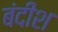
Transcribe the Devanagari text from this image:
बंदीश